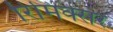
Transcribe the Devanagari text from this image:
रिमिक्सर